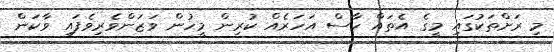
މި ރަށްތަކުގައި މީގެ އެތައް ހާސް އަހަރެއް ކުރިން މީހުން ވަޒަންވެރިވެފައި ވާކަން